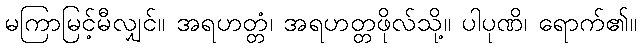
မကြာမြင့်မီလျှင်။ အရဟတ္တံ၊ အရဟတ္တဖိုလ်သို့။ ပါပုဏိ၊ ရောက်၏။